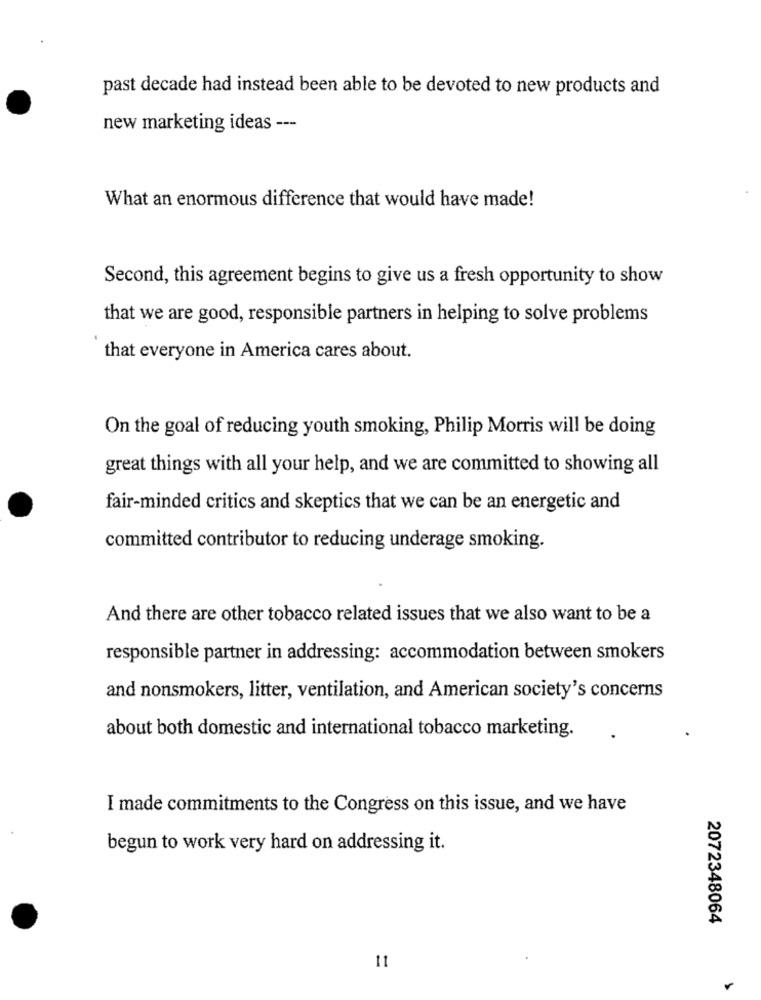
past decade had instead been able to be devoted to new products and
new marketing ideas ---
What an enormous difference that would have made!
Second, this agreement begins to give us a fresh opportunity to show
that we are good, responsible partners in helping to solve problems
that everyone in America cares about.
On the goal of reducing youth smoking, Philip Morris will be doing
great things with all your help, and we are committed to showing all
fair-minded critics and skeptics that we can be an energetic and
committed contributor to reducing underage smoking.
And there are other tobacco related issues that we also want to be a
responsible partner in addressing: accommodation between smokers
and nonsmokers, litter, ventilation, and American society's concerns
about both domestic and international tobacco marketing.
I made commitments to the Congress on this issue, and we have
begun to work very hard on addressing it.
2072348064
11